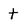
Character: t